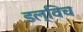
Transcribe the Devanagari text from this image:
डल्विच